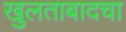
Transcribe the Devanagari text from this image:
खुलताबादचा